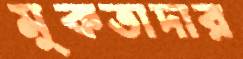
মুকতাদার